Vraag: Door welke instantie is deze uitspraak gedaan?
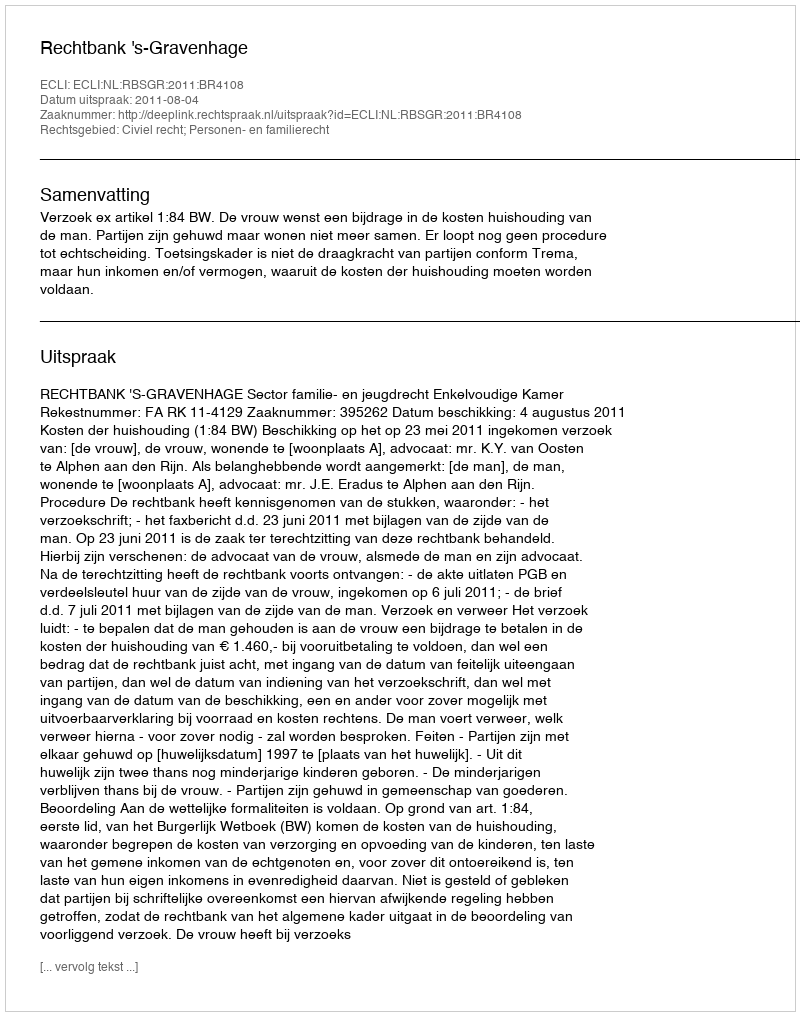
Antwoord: Rechtbank 's-Gravenhage